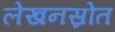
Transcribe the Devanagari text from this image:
लेखनस्रोत